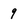
Character: 9